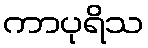
ကာပုရိသ